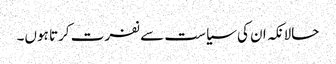
حالانکہ ان کی سیاست سے نفرت کرتا ہوں۔